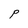
Character: P